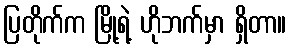
ပြတိုက်က မြို့ရဲ့ ဟိုဘက်မှာ ရှိတာ။